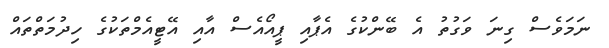
ނަމަވެސް ގިނަ ވަގުތު އެ ބޭންކުގެ އެޕާއި ޕީއޯއެސް އާއި އޭޓީއެމްތަކުގެ ހިދުމަތްތައް